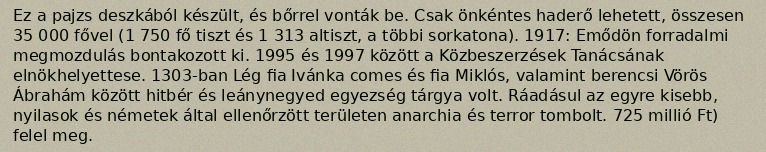
Ez a pajzs deszkából készült, és bőrrel vonták be. Csak önkéntes haderő lehetett, összesen 35 000 fővel (1 750 fő tiszt és 1 313 altiszt, a többi sorkatona). 1917: Emődön forradalmi megmozdulás bontakozott ki. 1995 és 1997 között a Közbeszerzések Tanácsának elnökhelyettese. 1303-ban Lég fia Ivánka comes és fia Miklós, valamint berencsi Vörös Ábrahám között hitbér és leánynegyed egyezség tárgya volt. Ráadásul az egyre kisebb, nyilasok és németek által ellenőrzött területen anarchia és terror tombolt. 725 millió Ft) felel meg.